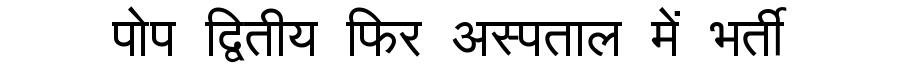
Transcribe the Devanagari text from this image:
पोप द्वितीय फिर अस्पताल में भर्ती